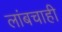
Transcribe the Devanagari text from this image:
लांबचाही